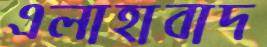
এলাহাবাদ